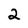
Character: 2